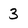
Character: 3